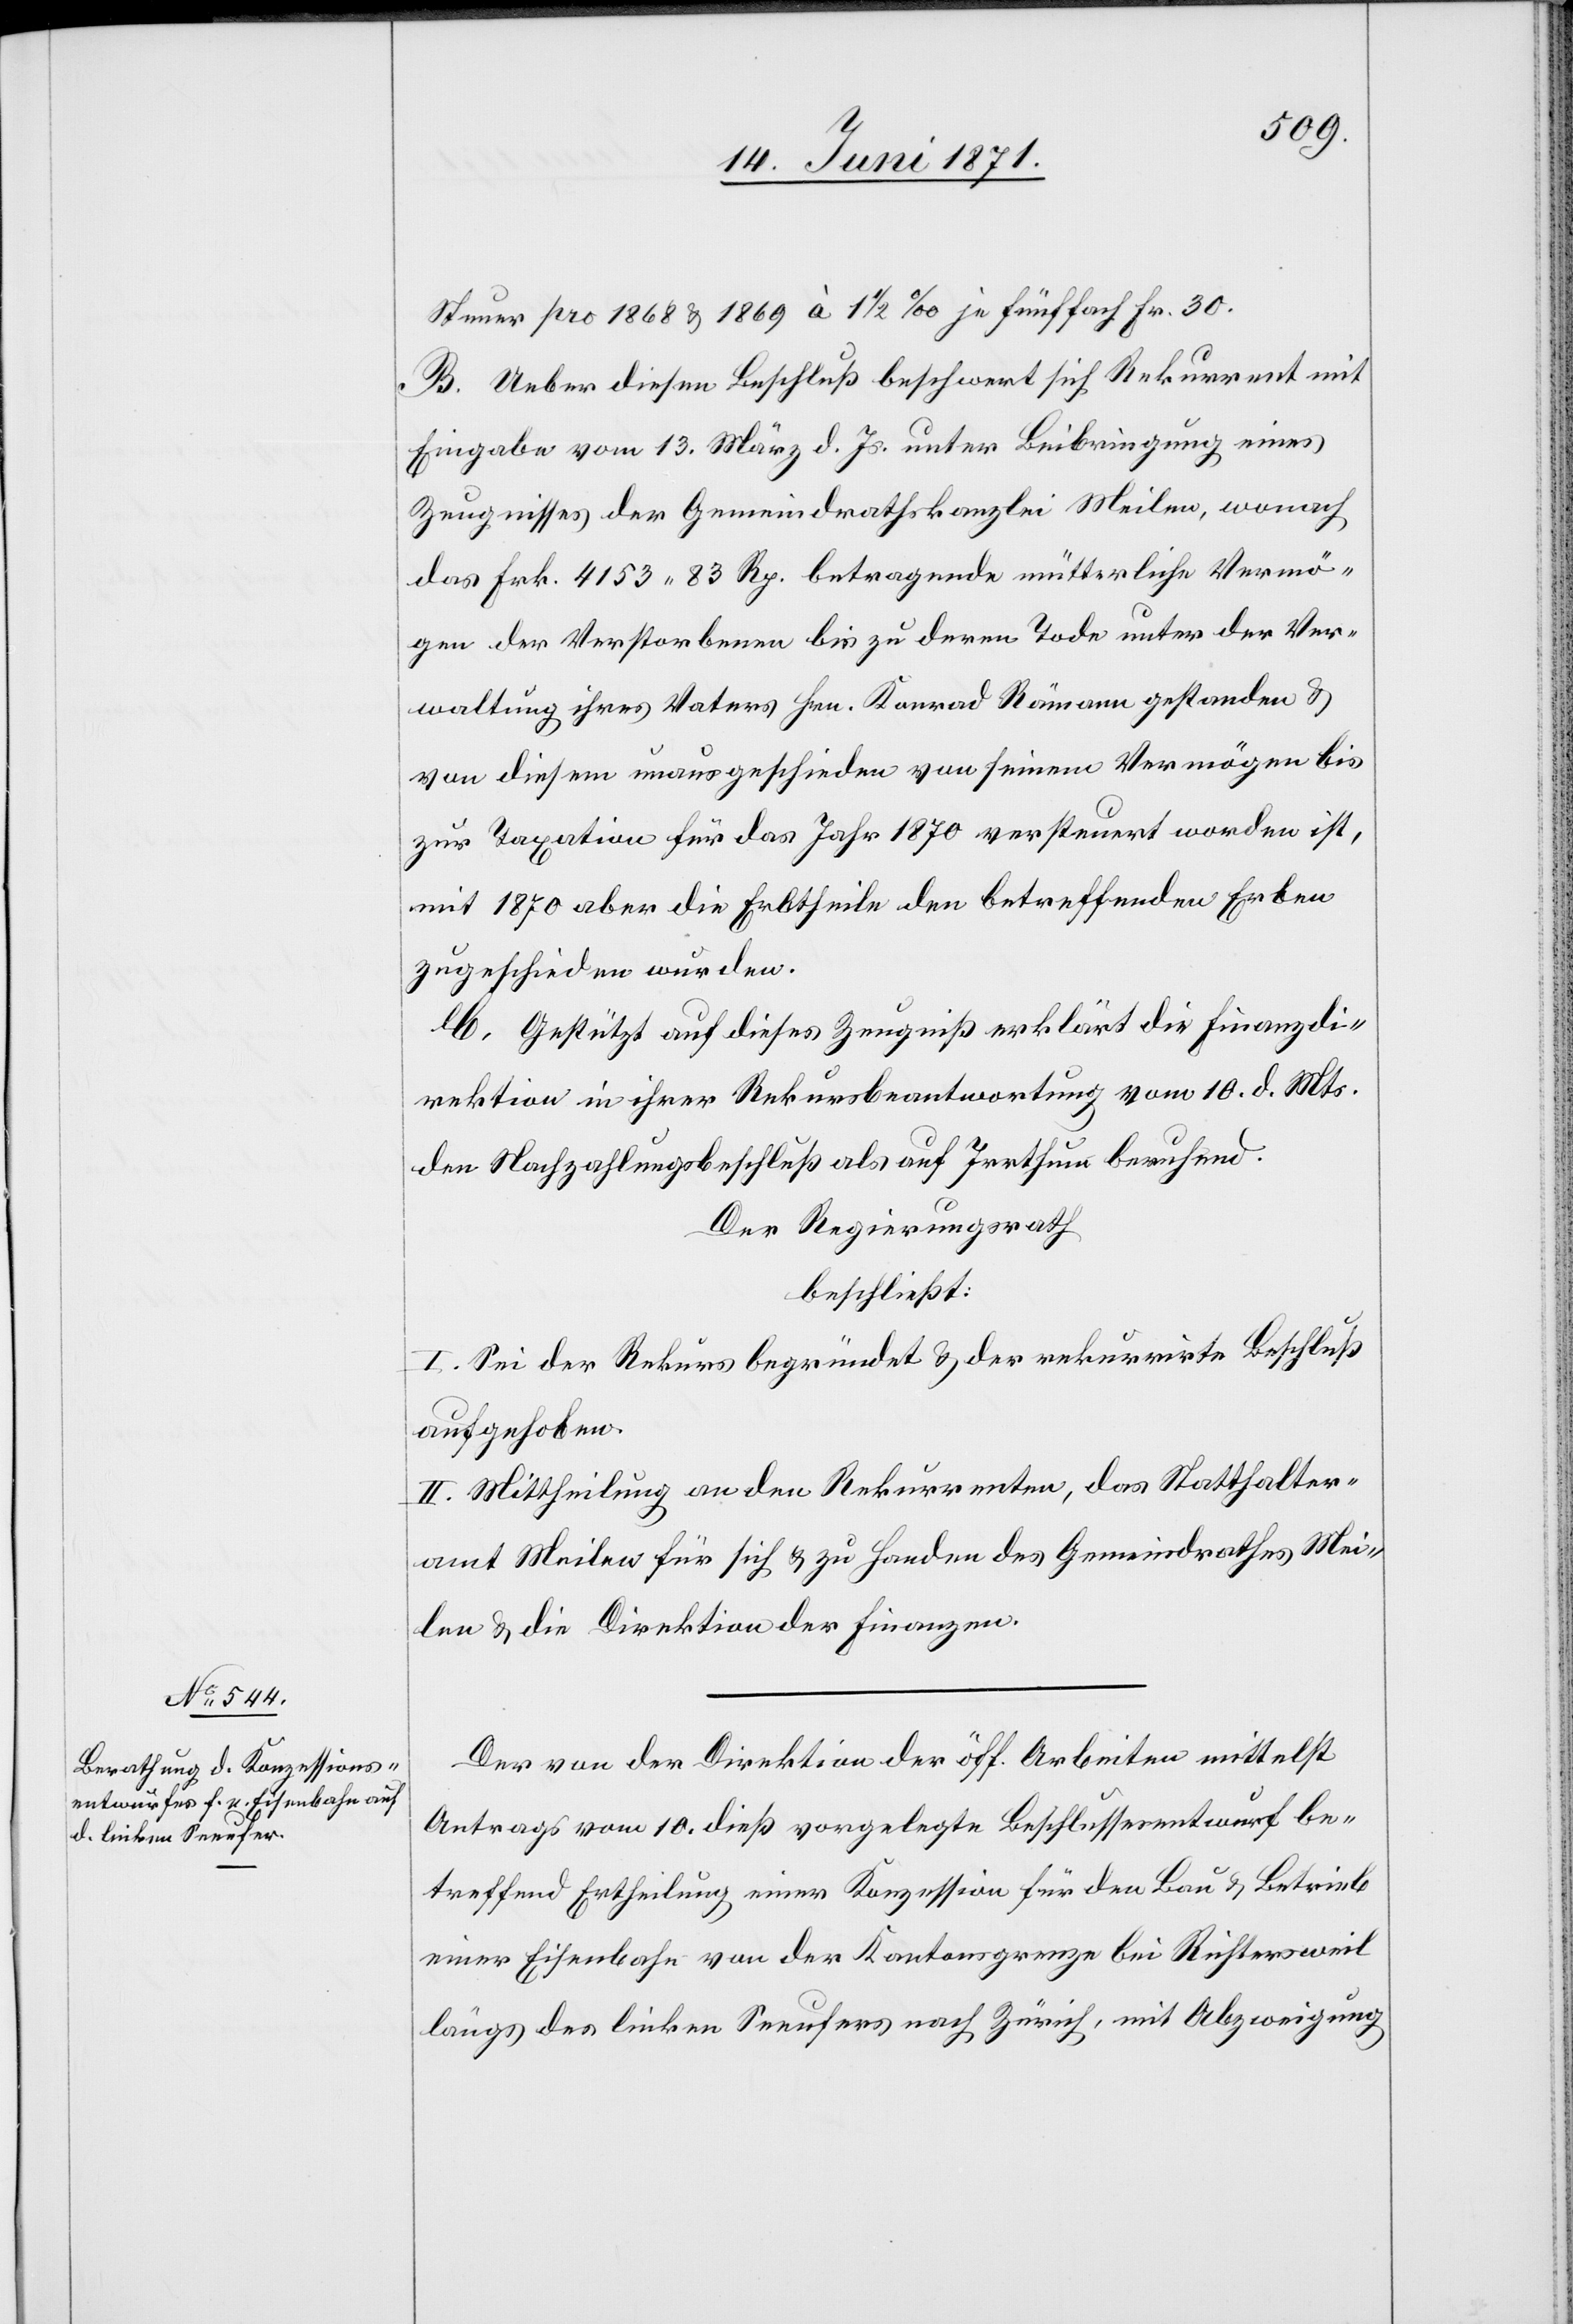
Steuer pro 1868 u. 1869 à 1 1/2 ‰ je fünffach Fr. 30.
B. Ueber diesen Beschluß beschwert sich Rekurrent mit
Eingabe vom 13. März d. Js. unter Beibringung eines
Zeugnisses der Gemeindrathskanzlei Meilen, wonach
das Frk. 4153.83 Rp. betragende mütterliche Vermö¬
gen der Verstorbenen bis zu deren Tode unter der Ver¬
waltung ihres Vaters Hrn. Konrad Rämann gestanden u.
von diesem unausgeschieden von seinem Vermögen bis
zur Taxation für das Jahr 1870 versteuert worden ist,
mit 1870 aber die Erbtheile den betreffenden Erben
zugeschieden wurden.
C. Gestützt auf dieses Zeugniß erklärt die Finanzdi¬
rektion in ihrer Rekursbeantwortung vom 10. d. Mts.
den Nachzahlungsbeschluß als auf Irrthum beruhend.
Der Regierungsrath
beschließt:
I. Sei der Rekurs begründet u. der rekurrirte Beschluß
aufgehoben.
II. Mittheilung an den Rekurrenten, das Statthalter¬
amt Meilen für sich u. zu Handen des Gemeindrathes Mei¬
len u. die Direktion der Finanzen.
Der von der Direktion der öff. Arbeiten mittelst
Antrags vom 10. dieß vorgelegte Beschlussesentwurf be¬
treffend Ertheilung einer Konzession für den Bau u. Betrieb
einer Eisenbahn von der Kantonsgrenze bei Richtersweil
längs des linken Seeufers nach Zürich, mit Abzweigung